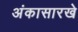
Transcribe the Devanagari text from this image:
अंकासारखे